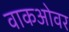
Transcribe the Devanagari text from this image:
वाकओवर